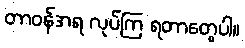
တာဝန်အရ လုပ်ကြ ရတာတွေပါ။